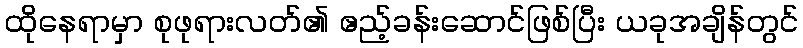
ထိုနေရာမှာ စုဖုရားလတ်၏ ဧည့်ခန်းဆောင်ဖြစ်ပြီး ယခုအချိန်တွင်